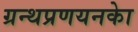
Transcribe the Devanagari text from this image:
ग्रन्थप्रणयनकाे